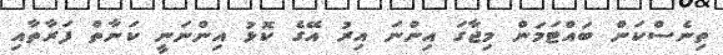
ތިނެސްކަން ބައްޓަމަން މިޖާގަ އިންނަ އިރު އޭގެ ކޮޅު އިންނަނީ ކަނާތް ފަރާތާއި